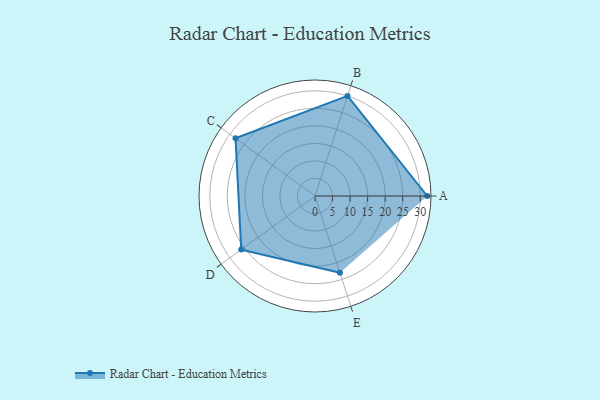
{"axis": {"x": "Skill", "y": "Score"}, "legend": ["Profile"], "data": [{"x": "A", "y": 32.0, "type": "Profile"}, {"x": "B", "y": 30.0, "type": "Profile"}, {"x": "C", "y": 28.0, "type": "Profile"}, {"x": "D", "y": 26.0, "type": "Profile"}, {"x": "E", "y": 23.0, "type": "Profile"}]}